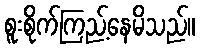
စူးစိုက်ကြည့်နေမိသည်။